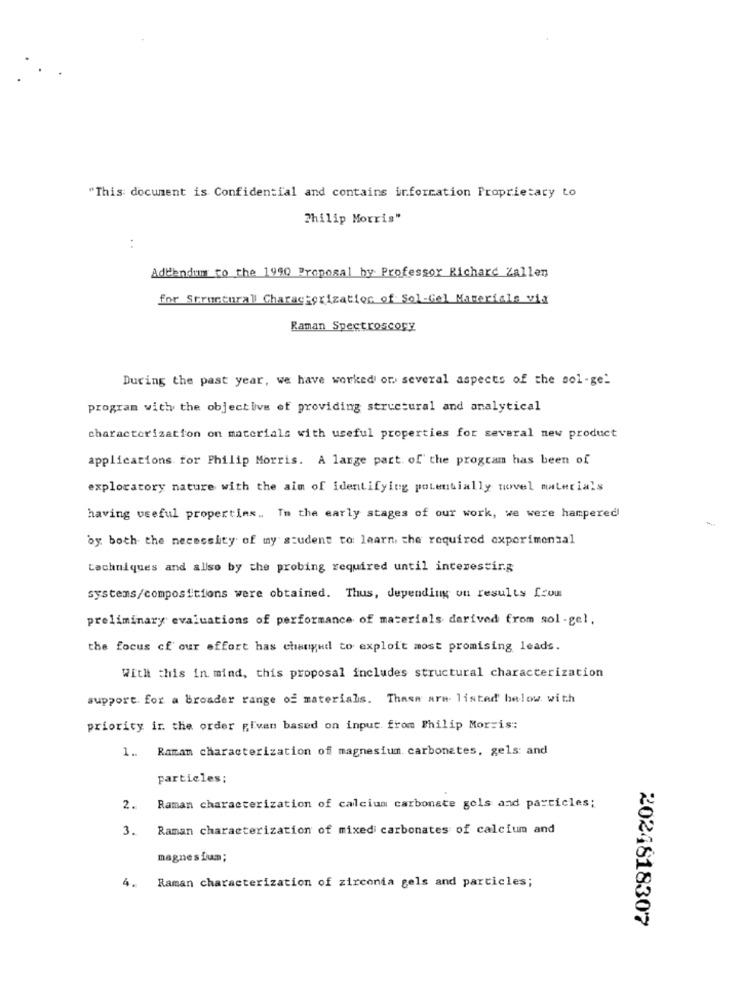
"This document is Confidential and contains information Proprietary to
Philip Morris"
Addendum to the 1990 Proposal by Professor Richard Zallen
for Structurall Characterization of Sol-Gel Materials via
Raman Spectroscopy
During the past year, we have worked or. several aspects of the sol-gel
program with the objective of providing structural and analytical
characterization on materials with useful properties for several new product
applications for Philip Morris. A large part of the program has been of
exploratory nature with the aim of identifying potentially novel materials
having useful properties .. In the early stages of our work, we were hampered
by both the necessity of my student to learn the required experimental
techniques and allso by the probing required until interestir.g
systems/compositions were obtained. Thus, depending on results from
preliminary evaluations of performance of materials derived from sol-gel,
the focus cf our effort has changed to exploit most promising leads.
With this in mind, this proposal includes structural characterization
support. for a broader range of materials. These are listed below with
priority in the order given based on input. from Philip Morris:
1 .. Ramam characterization of magnesium carbonates, gels: and
particles;
2. Raman characterization of calcium carbonate gols and particles;
3. Raman characterization of mixedi carbonates of calcium and
magnes ium;
4.
Raman characterization of zirconia gels and particles;
2024818307